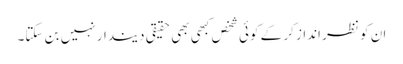
ان کو نظر انداز کر کے کوئی شخص کبھی بھی حقیقی دیندار نہیں بن سکتا۔